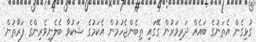
ގުޅިގެން އެތަނުގެ ބައެއް ދަރިވަރުން ގޭގައި ތިބެންޖެހުމުން އެކަމުގެ ޝަކުވާ ބެލެނިވެރިންގެ ފަރާތުން